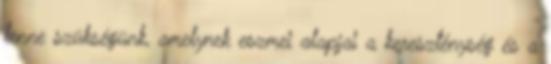
lenne szükségünk, amelynek eszmei alapjai a kereszténység és a